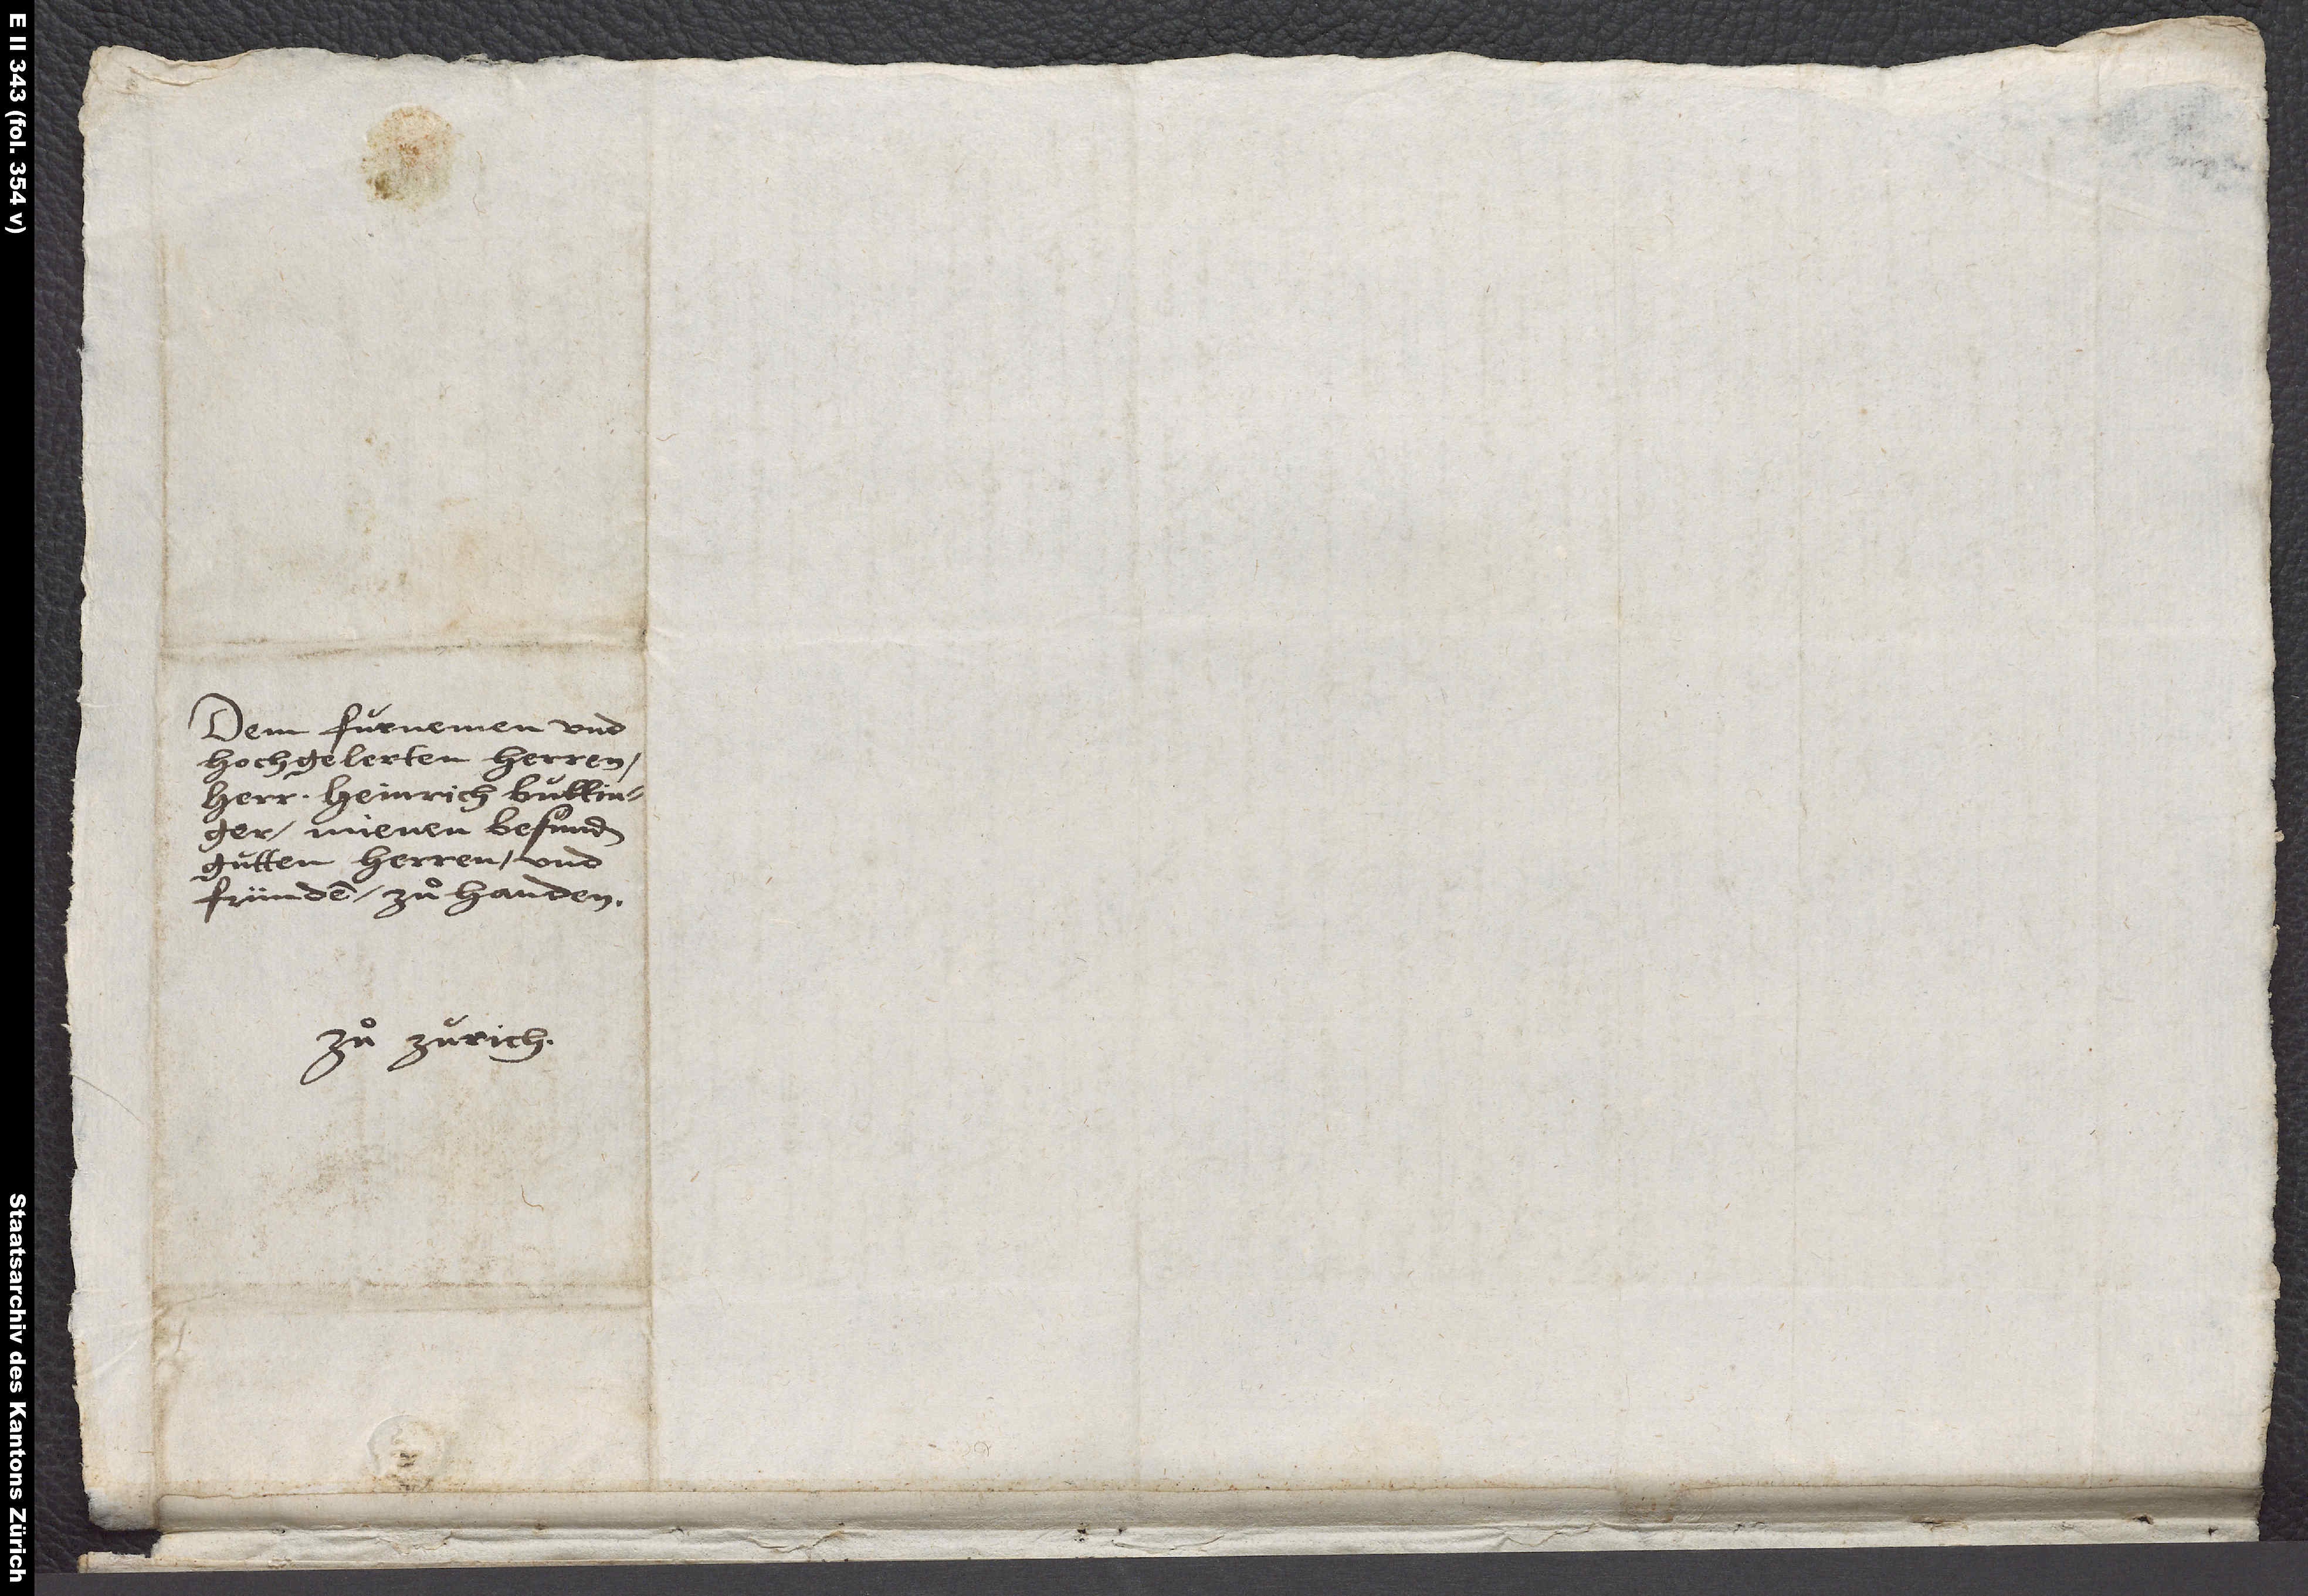
Dem furnemen und
hochgelerten herren,
herr Heinrich Bullinger,
minem besunder
gutten herren und
fründen, zuͦ handen.
Zuͦ Zurich.